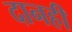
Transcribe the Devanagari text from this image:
दानही